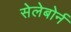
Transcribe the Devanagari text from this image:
सेलेबोर्न